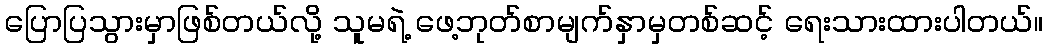
ပြောပြသွားမှာဖြစ်တယ်လို့ သူမရဲ့ ဖေ့ဘုတ်စာမျက်နှာမှတစ်ဆင့် ရေးသားထားပါတယ်။